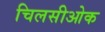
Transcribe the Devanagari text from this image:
चिलसीओक